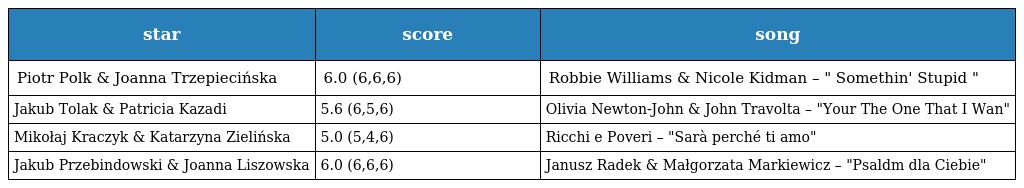
| star | score | song |
 | --- | --- | --- |
 | Piotr Polk & Joanna Trzepiecińska | 6.0 (6,6,6) | Robbie Williams & Nicole Kidman – " Somethin' Stupid " |
 | Jakub Tolak & Patricia Kazadi | 5.6 (6,5,6) | Olivia Newton-John & John Travolta – "Your The One That I Wan" |
 | Mikołaj Kraczyk & Katarzyna Zielińska | 5.0 (5,4,6) | Ricchi e Poveri – "Sarà perché ti amo" |
 | Jakub Przebindowski & Joanna Liszowska | 6.0 (6,6,6) | Janusz Radek & Małgorzata Markiewicz – "Psaldm dla Ciebie" |